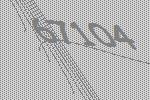
67104